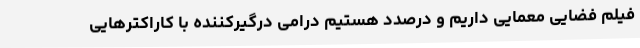
فیلم فضایی معمایی داریم و درصدد هستیم درامی درگیرکننده با کاراکترهایی